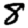
Digit: 8